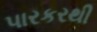
પારકરથી